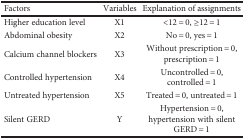
<table><thead><tr><td><b>Factors</b></td><td><b>Variables</b></td><td><b>Explanation of assignments</b></td></tr></thead><tbody><tr><td>Higher education level</td><td>X1</td><td>&lt;12 = 0, ≥12 = 1</td></tr><tr><td>Abdominal obesity</td><td>X2</td><td>No = 0, yes = 1</td></tr><tr><td>Calcium channel blockers</td><td>X3</td><td>Without prescription = 0, prescription = 1</td></tr><tr><td>Controlled hypertension</td><td>X4</td><td>Uncontrolled = 0, controlled = 1</td></tr><tr><td>Untreated hypertension</td><td>X5</td><td>Treated = 0, untreated = 1</td></tr><tr><td>Silent GERD</td><td>Y</td><td>Hypertension = 0, hypertension with silent GERD = 1</td></tr></tbody></table>